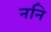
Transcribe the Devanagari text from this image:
ननि